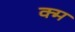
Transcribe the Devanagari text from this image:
क्म